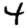
Digit: 4